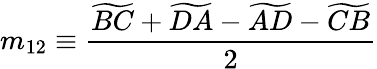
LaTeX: m_{12}\equiv\frac{\widetilde{BC}+\widetilde{DA}-\widetilde{AD}-\widetilde{CB}}{2}